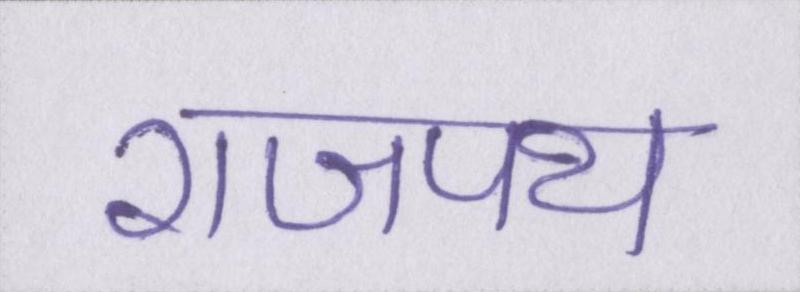
राजपथ